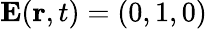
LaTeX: \mathbf{E}(\mathbf{r},t)=(0,1,0)